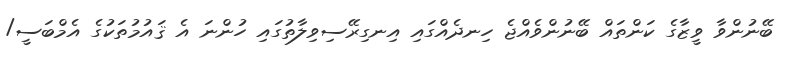
ބޭނުންވާ ވީޒާގެ ކަންތައް ބޭނުންވެއްޖެ ހިނދެއްގައި އިނގިރޭސިވިލާތުގައި ހުންނަ އެ ޤައުމުތަކުގެ އެމްބަސީ/